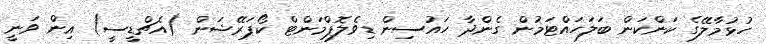
ހުޅުމާލޭގެ ކަންކަން ބަލަހައްޓަމުން ގެންދާ ހައުސިން ޑިވެލޮޕްމަންޓް ކޯޕަރޭޝަން (އެޗްޑީސީ) އިން ވަނީ